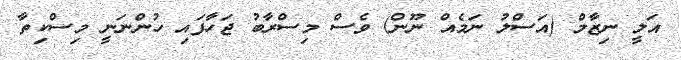
އަލީ ނިޒާމް (އަސްލު ނަމެއް ނޫން) ވެސް މިސްރާބު ޖަހާފައި ހުންނަނީ މިސްކިތާ